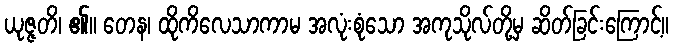
ယုဇ္ဇတိ၊ ၏။ တေန၊ ထိုကိလေသာကာမ အလုံးစုံသော အကုသိုလ်တို့မှ ဆိတ်ခြင်းကြောင့်။